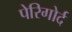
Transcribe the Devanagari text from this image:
पेरिगोर्द